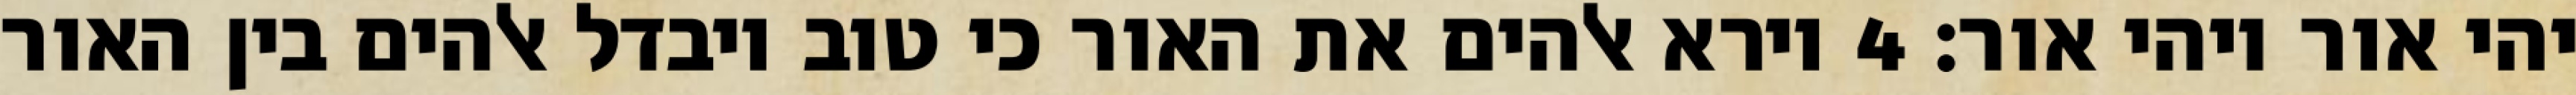
יהי אור ויהי אור׃ ‎4‏ וירא אלהים את האור כי טוב ויבדל אלהים בין האור